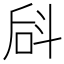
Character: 𪯬